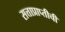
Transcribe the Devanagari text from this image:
सत्ताप्राप्तीची